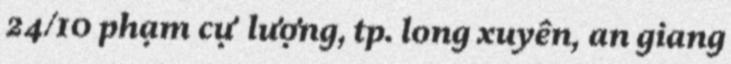
24/10 phạm cự lượng, tp. long xuyên, an giang